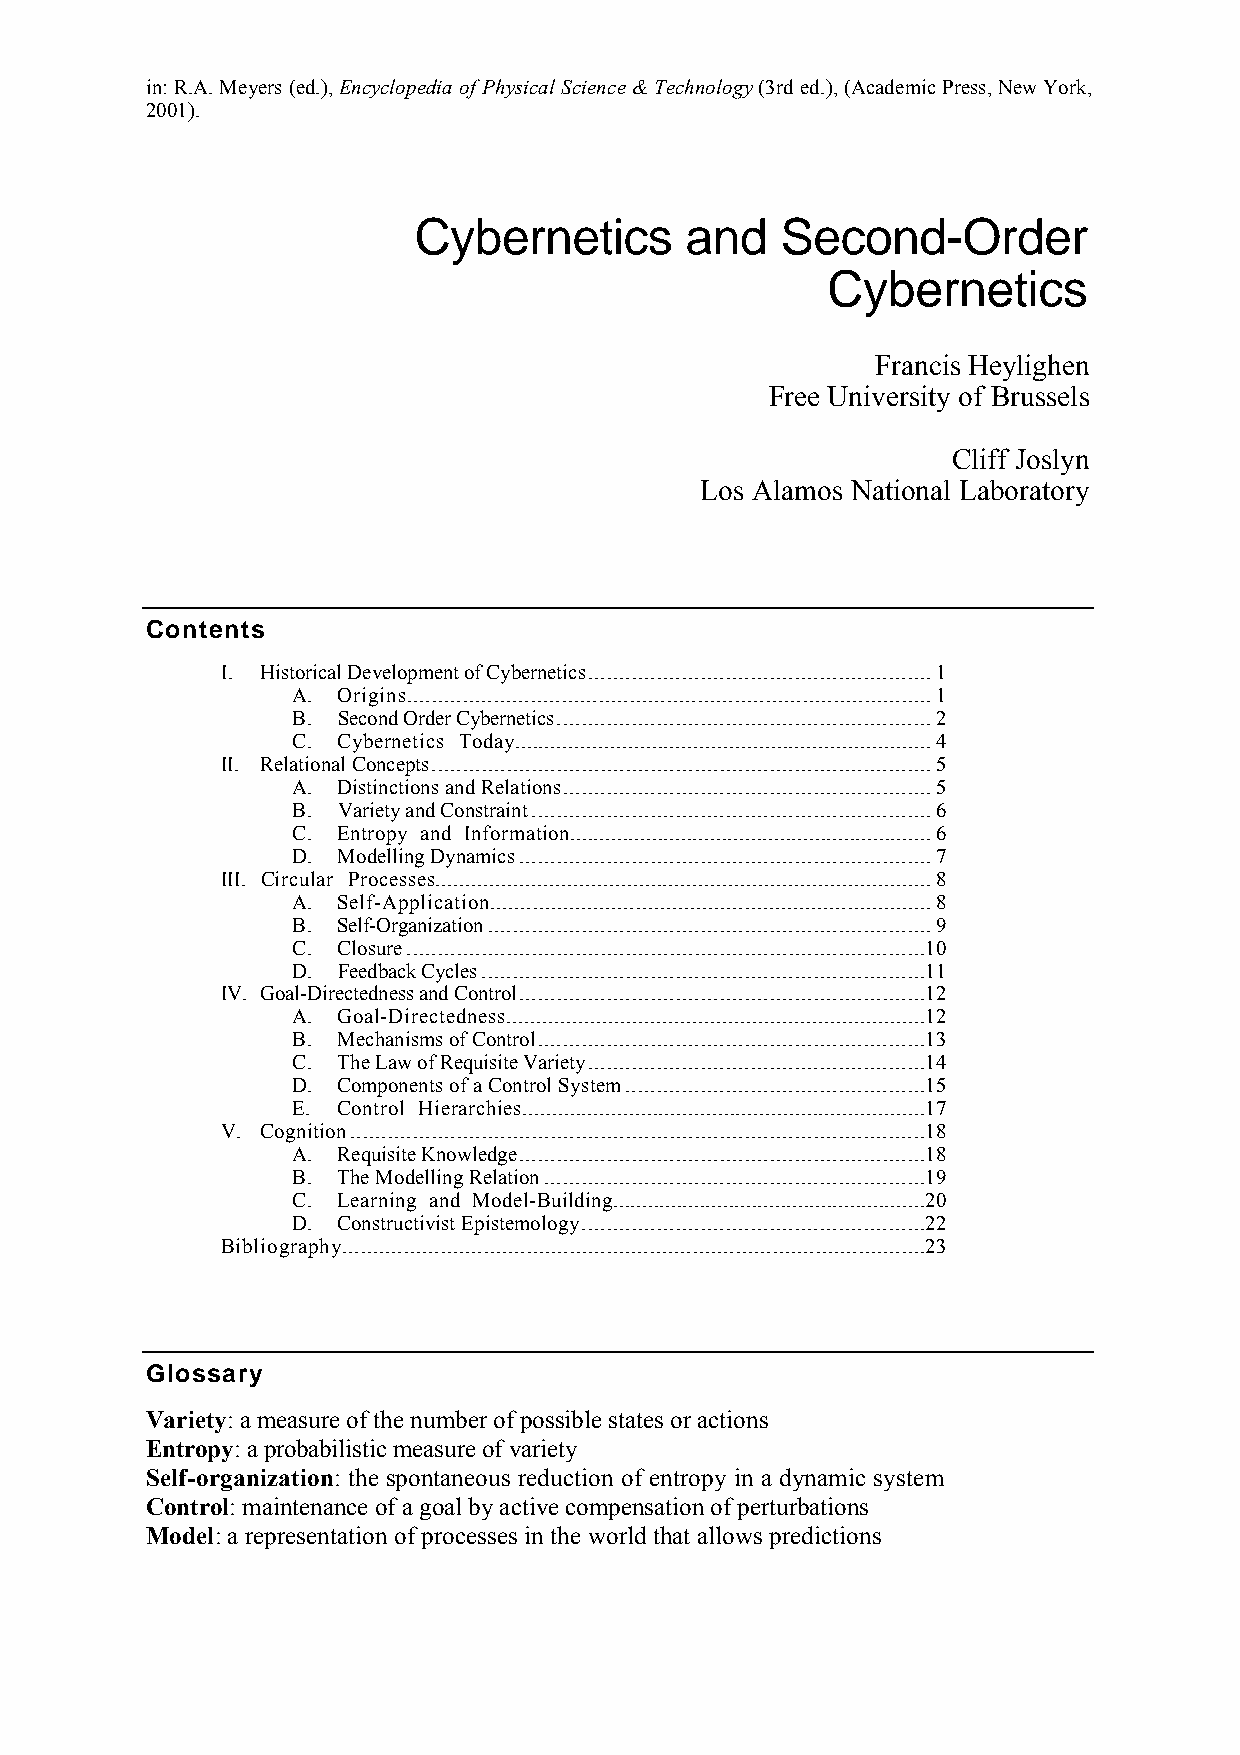
in: R.A. Meyers (ed.), Encyclopedia of Physical Science & Technology (3rd ed.), (Academic Press, New York,
 2001).
 Cybernetics       and    Second-Order
 Cybernetics
 Francis Heylighen
 Free University of Brussels
 Cliff Joslyn
 Los Alamos National Laboratory
 Contents
 I. Historical Development of Cybernetics .......................................................1
 A. Origins .....................................................................................1
 B. Second Order Cybernetics ............................................................2
 C. Cybernetics Tod ay......................................................................4
 II. Relational Concepts ................................................................................5
 A. Distinctions and Relations ...........................................................5
 B. Variety and Constraint ................................................................6
 C. Entropy and Informati on..............................................................6
 D. Modelling Dynamics ..................................................................7
 III. Circular Process es...................................................................................8
 A. Self-Applicatio n.........................................................................8
 B. Self-Organization .......................................................................9
 C. Closure ...................................................................................10
 D. Feedback Cycles .......................................................................11
 IV. Goal-Directedness and Control .................................................................12
 A. Goal-Directedne ss......................................................................12
 B. Mechanisms of Control ..............................................................13
 C. The Law of Requisite Variety ......................................................14
 D. Components of a Control System ................................................15
 E. Control Hierarchi es....................................................................17
 V. Cognition ............................................................................................18
 A. Requisite Knowledge .................................................................18
 B. The Modelling Relation .............................................................19
 C. Learning and Model-Buildi ng......................................................20
 D. Constructivist Epistemology .......................................................22
 Bibliography ...............................................................................................23
 Glossary
 Variety: a measure of the number of possible states or actions
 Entropy: a probabilistic measure of variety
 Self-organization: the spontaneous reduction of entropy in a dynamic system
 Control: maintenance of a goal by active compensation of perturbations
 Model: a representation of processes in the world that allows predictions